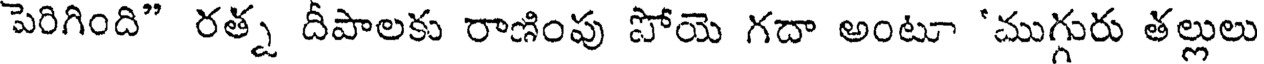
పెరిగింది" రత్న దీపాలకు రాణింపు పోయె గదా అంటూ 'ముగ్గురు తల్లులు